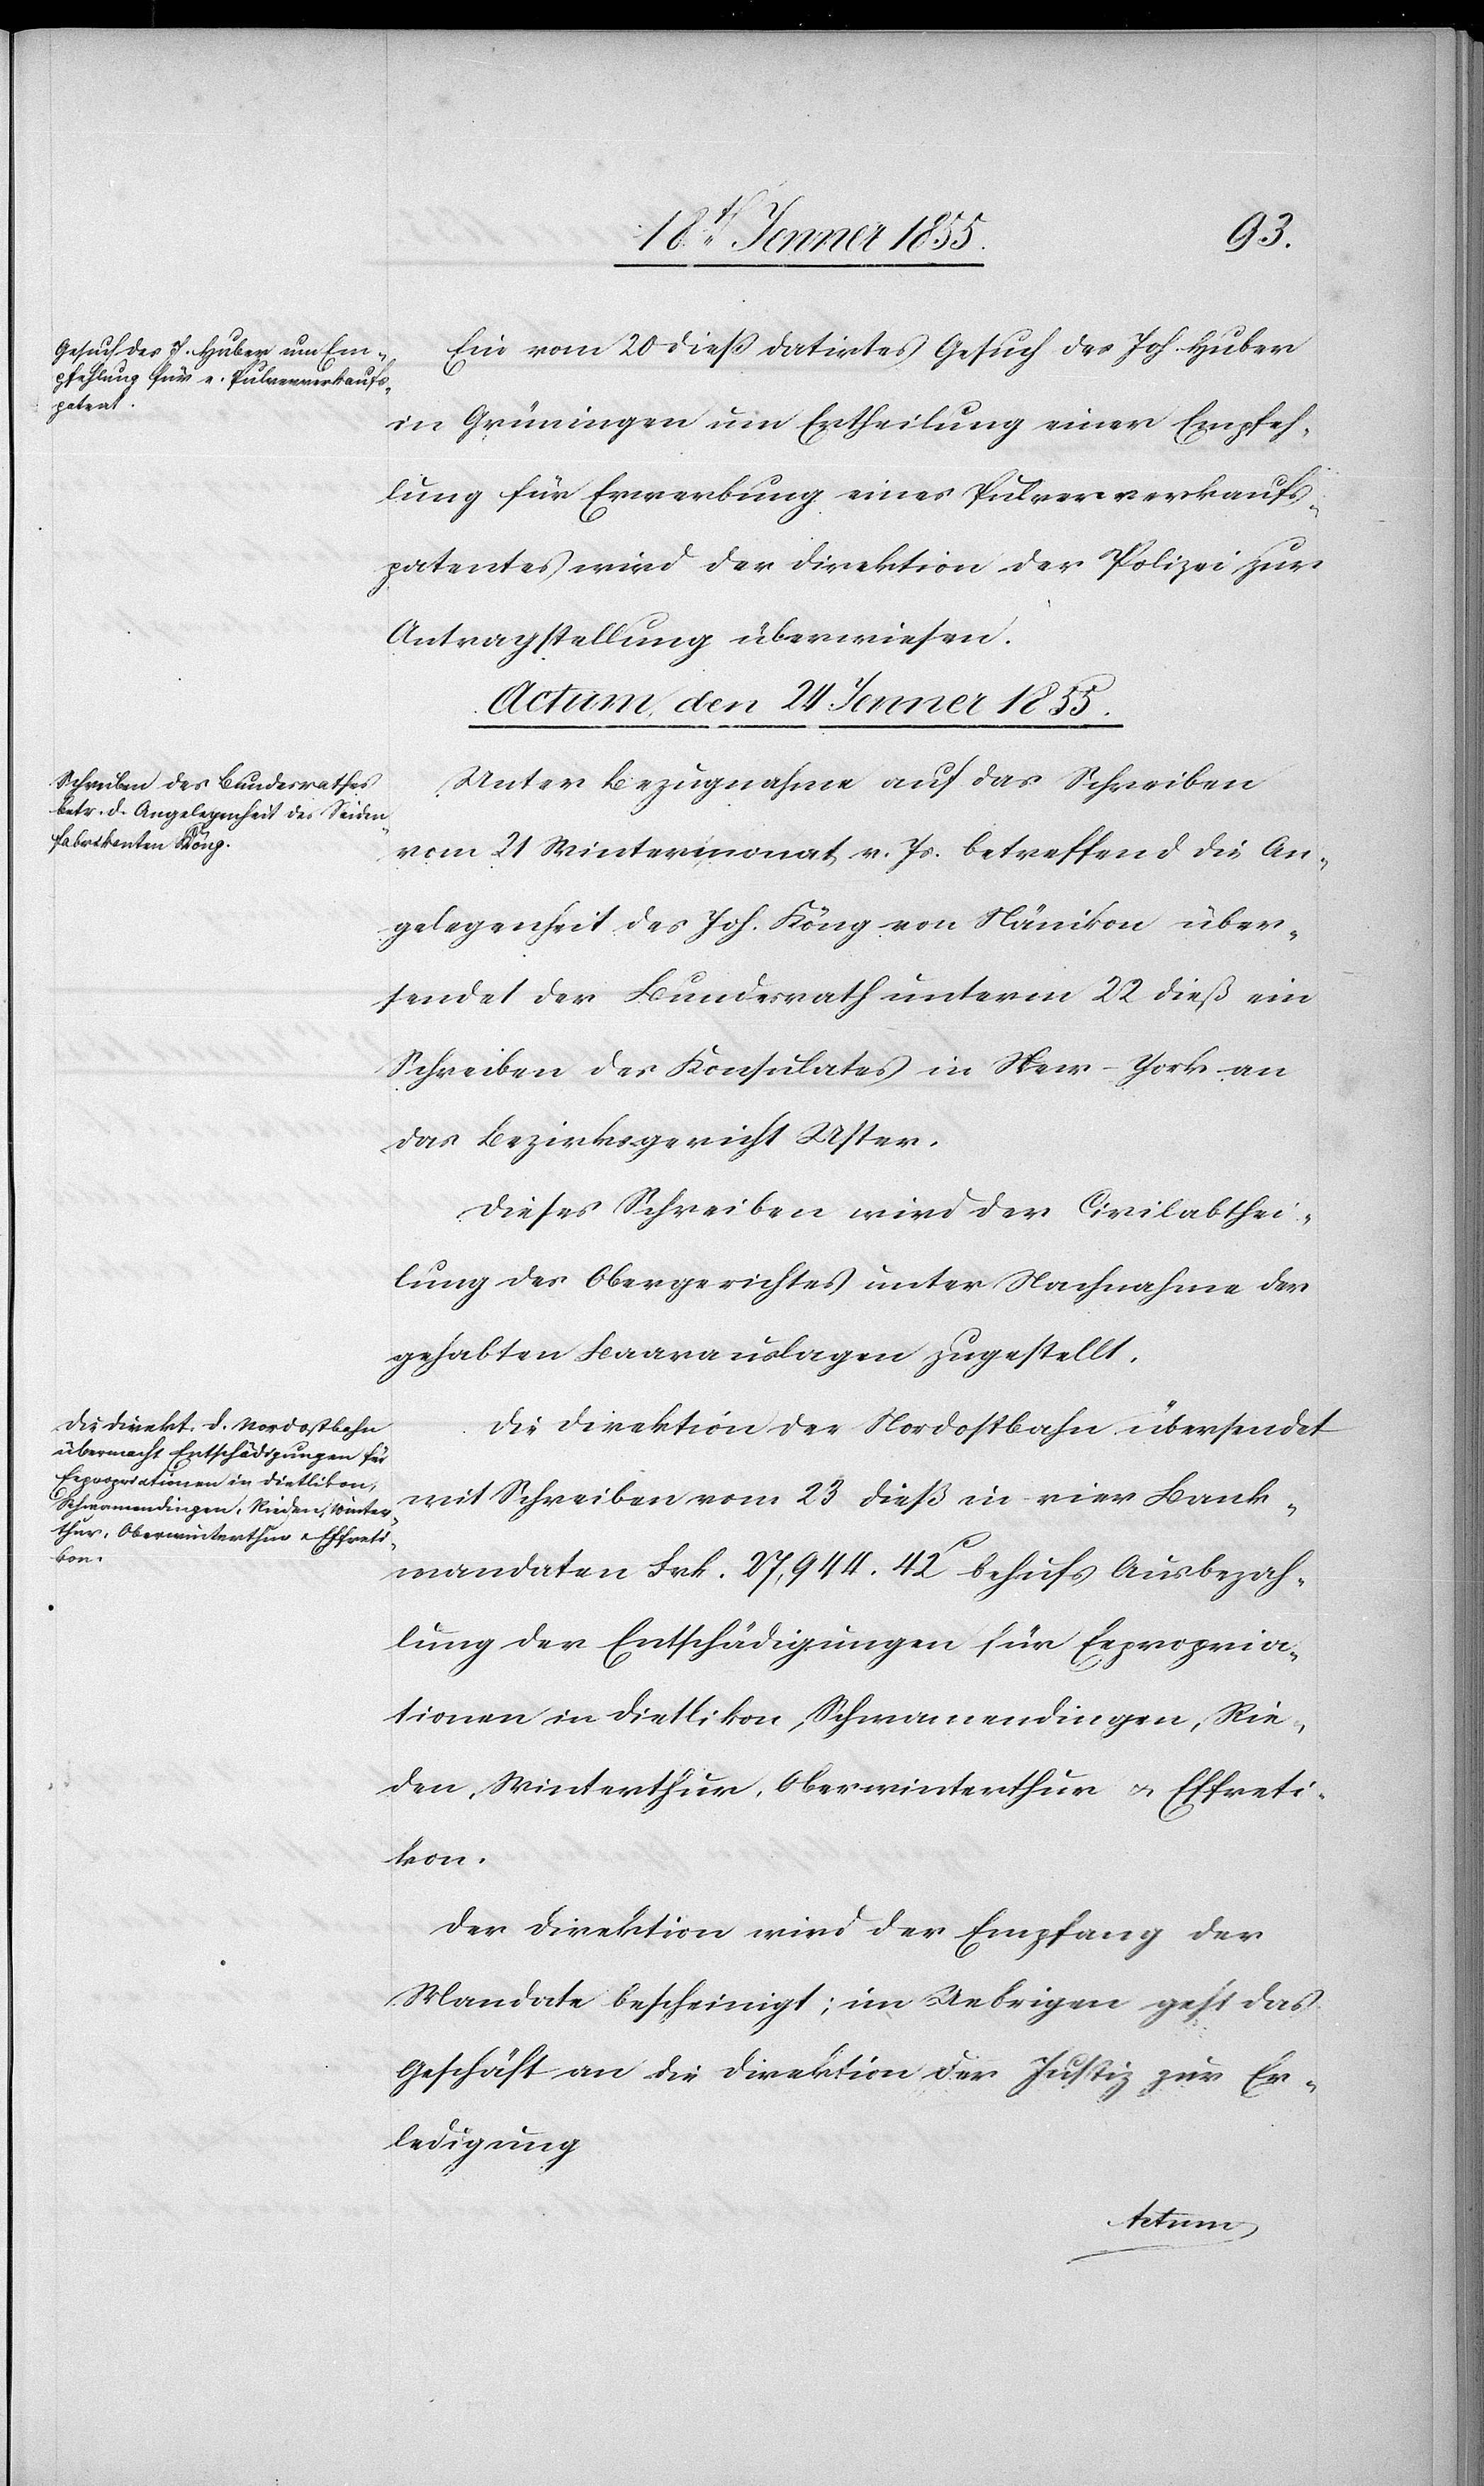
Ein vom 20 dieß datirtes Gesuch des Joh. Huber
in Grüningen um Ertheilung einer Empfeh¬
lung für Erwerbung eines Pulververkaufs¬
patentes wird der Direktion der Polizei zur
Antragstellung überwiesen.
Actum, den 24 Jenner 1855.]
Unter Bezugnahme auf das Schreiben
vom 21 Wintermonat v. Js. betreffend die An¬
gelegenheit des Joh. Köng von Nänikon über¬
sendet der Bundesrath unterm 22 dieß ein
Schreiben des Konsulates in New-York an
das Bezirksgericht Uster.
Dieses Schreiben wird der Civilabthei¬
lung des Obergerichtes unter Nachnahme der
gehabten Baarauslagen zugestellt.
Die Direktion der Nordostbahn übersendet
mit Schreiben vom 23 dieß in vier Bank¬
mandaten Frk. 27,944. 42c behufs Ausbezah¬
lung der Entschädigungen für Expropria¬
tionen in Dietlikon, Schwamendingen, Rie¬
den, Winterthur, Oberwinterthur u. Effreti¬
kon.
Der Direktion wird der Empfang der
Mandate bescheinigt; im Uebrigen geht das
Geschäft an die Direktion der Justiz zur Er¬
ledigung[.]